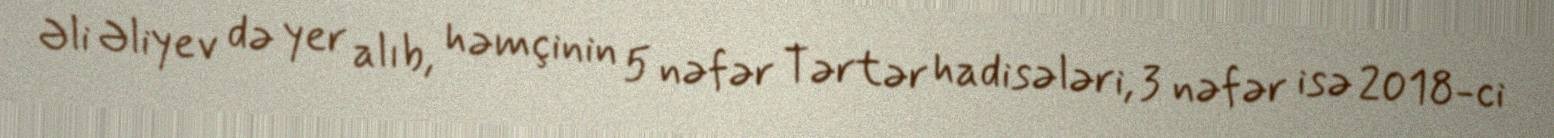
Əli Əliyev də yer alıb, həmçinin 5 nəfər Tərtər hadisələri, 3 nəfər isə 2018-ci